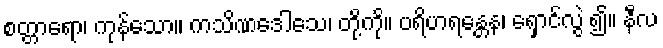
စတ္တာရော၊ ကုန်သော။ ကသိဏဒေါသေ၊ တို့ကို။ ပရိဟရန္တေန၊ ရှောင်လွဲ ၍။ နီလ